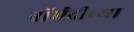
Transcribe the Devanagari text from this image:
नॉर्मंदीच्या